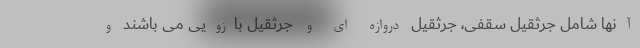
آنها شامل جرثقیل سقفی، جرثقیل دروازه ای و جرثقیل بازویی می باشند و